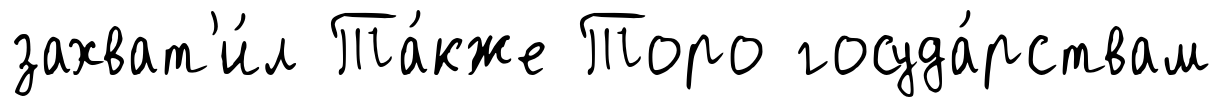
захват'и́л Та́кже Торо госуда́рствам